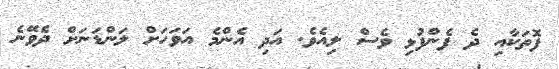
ފޮތަކާއި ދެ ފެންފުޅި ވެސް ލިއެވެ. އަދި އެންމެ އަވަހަށް ލަންޑަނަށް ދެވޭނެ